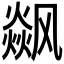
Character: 𮸼